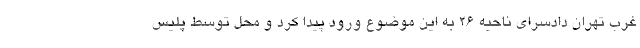
غرب تهران دادسرای ناحیه ۲۶ به این موضوع ورود پیدا کرد و محل توسط پلیس